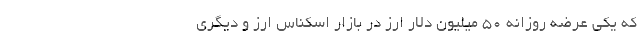
که یکی عرضه روزانه ۵۰ میلیون دلار ارز در بازار اسکناس ارز و دیگری